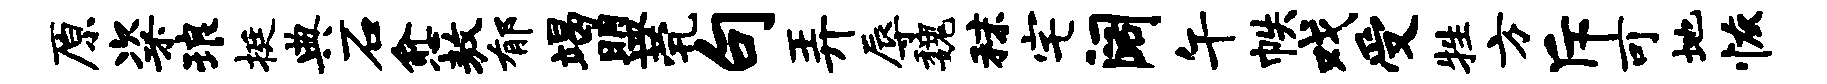
原粢琅挺典石愈敖郁竭盟茕句弄辱魏秣宅阔午帙戏受牲方斥可地恢